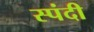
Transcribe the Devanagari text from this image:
स्पंदी